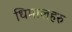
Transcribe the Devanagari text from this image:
धिमालहरु